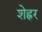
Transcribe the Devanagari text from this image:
शेह्रर